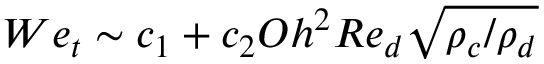
W e _ { t } \sim c _ { 1 } + c _ { 2 } O h ^ { 2 } R e _ { d } \sqrt { \rho _ { c } / \rho _ { d } }